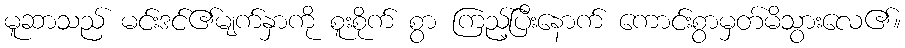
မူဆာသည် မင်းဒင်၏မျက်နှာကို စူးစိုက် စွာ ကြည့်ပြီးနောက် ကောင်းစွာမှတ်မိသွားလေ၏။